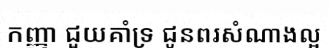
កញ្ញា ជួយគាំទ្រ ជូនពរសំណាងល្អ